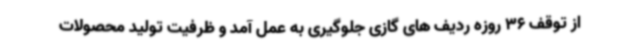
از توقف 36 روزه ردیف های گازی جلوگیری به عمل آمد و ظرفیت تولید محصولات